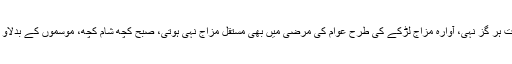
مگر گبھرانے کی ضرورت ہر گز نہی، آوارہ مزاج لڑکے کی طرح عوام کی مرضی میں بھی مستقل مزاج نہی ہوتی، صبح کچھ شام کچھ، موسموں کے بدلاو کی طرح بدلتی رہتی ہے ۔